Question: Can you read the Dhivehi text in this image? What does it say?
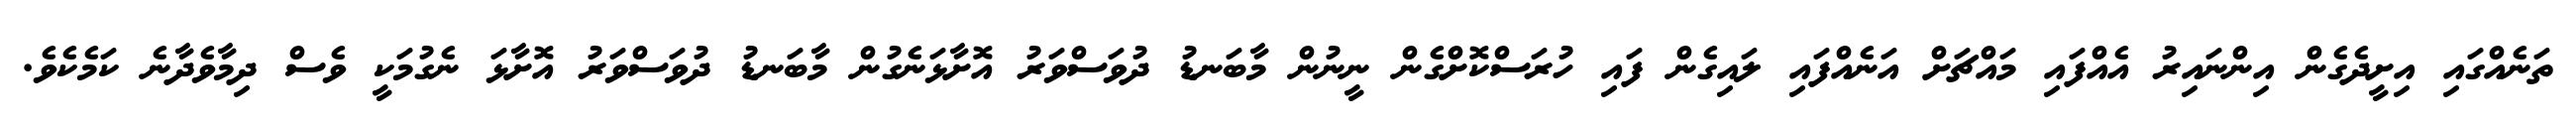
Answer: ތަނެއްގައި އިށީދެގެން އިންނައިރު އެއްފައި މައްޗަށް އަނެއްފައި ލައިގެން ފައި ހުރަސްކޮށްގެން ނީނުން މާބަނޑު ދުވަސްވަރު އޮށާޅަނެގުން މާބަނޑު ދުވަސްވަރު އޮށާޅަ ނެގުމަކީ ވެސް ދިމާވެދާނެ ކަމެކެވެ.